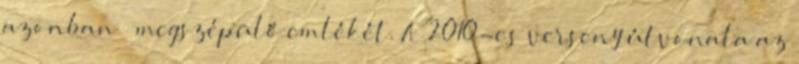
azonban – megszépülő emlékét. A 2010-es verseny útvonala az